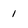
Character: 1